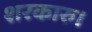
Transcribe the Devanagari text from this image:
शरकारु।